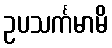
ဥပသင်္ကမာမိ